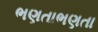
ભણતાભણતા